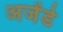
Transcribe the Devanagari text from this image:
अजेंडे